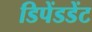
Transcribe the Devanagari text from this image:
डिपेंडडेंट